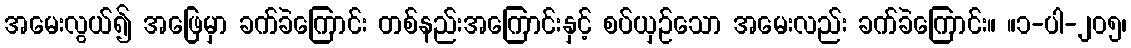
အမေးလွယ်၍ အဖြေမှာ ခက်ခဲကြောင်း တစ်နည်းအကြောင်းနှင့် စပ်ယှဉ်သော အမေးလည်း ခက်ခဲကြောင်း။ ။၁-ပါ-၂၀၅၊